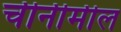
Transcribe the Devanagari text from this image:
चीनीमील